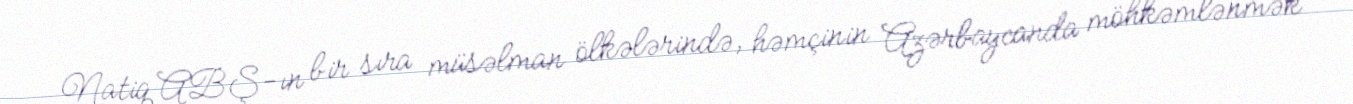
Natiq ABŞ-ın bir sıra müsəlman ölkələrində, həmçinin Azərbaycanda möhkəmlənmək